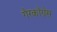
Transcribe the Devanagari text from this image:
गैरकॉग्रेस